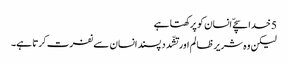
5 خدا سچےّ انسان کو پرکھتا ہے
لیکن وہ شریر ظا لم اور تشّدد پسند انسان سے نفرت کرتا ہے۔